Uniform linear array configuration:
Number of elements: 48
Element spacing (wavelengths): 1
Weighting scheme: binomial
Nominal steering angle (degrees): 0
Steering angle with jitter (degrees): -1.954
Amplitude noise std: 0.05
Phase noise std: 0.05

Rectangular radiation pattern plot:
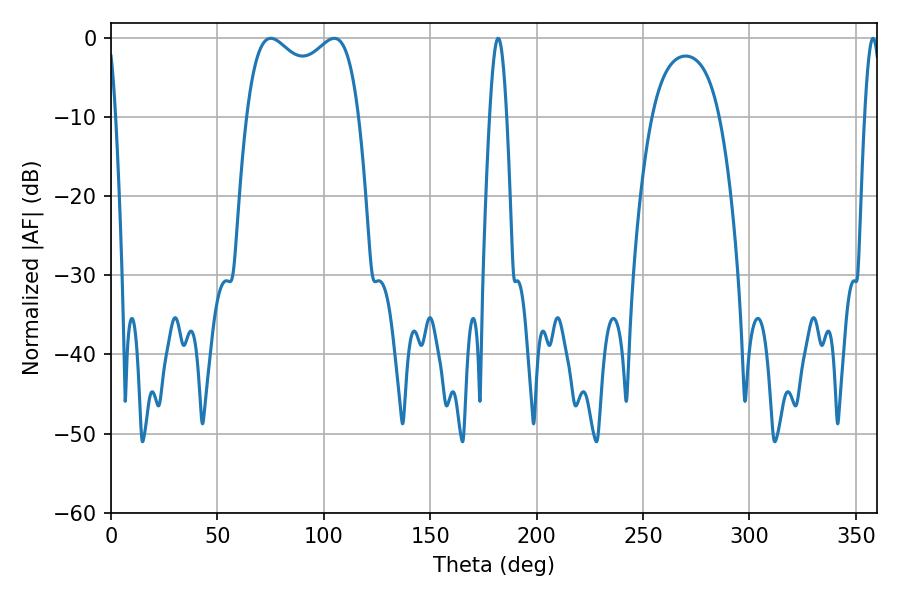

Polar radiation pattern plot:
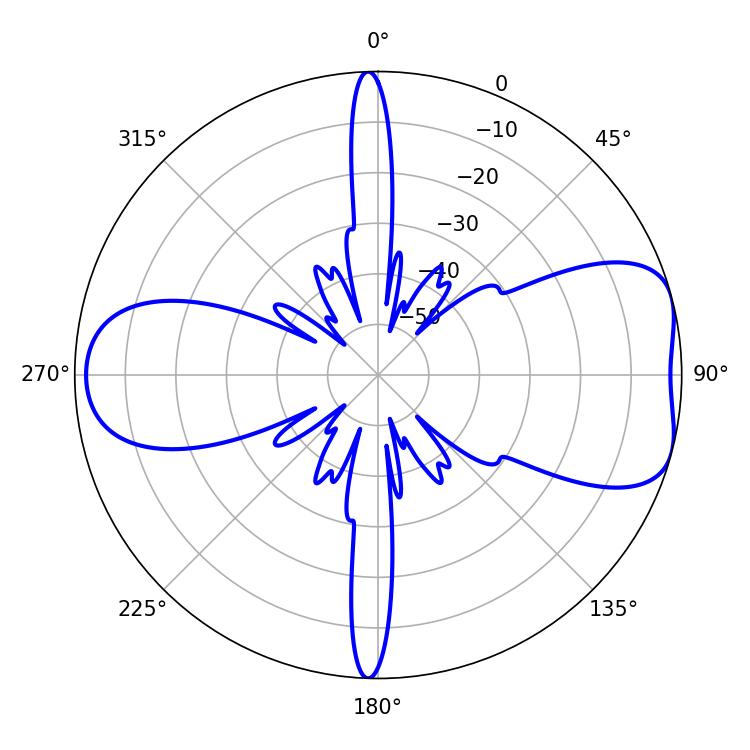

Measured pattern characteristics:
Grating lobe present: TRUE
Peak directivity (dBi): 6.988
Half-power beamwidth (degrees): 43.56
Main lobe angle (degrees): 75.06